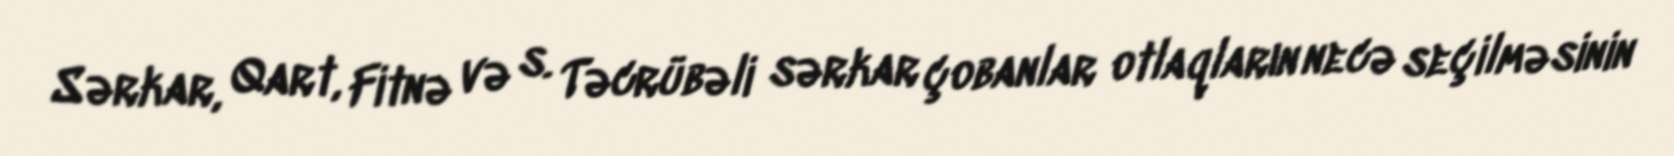
Sərkar, Qart, Fitnə və s. Təcrübəli sərkar çobanlar otlaqların necə seçilməsinin